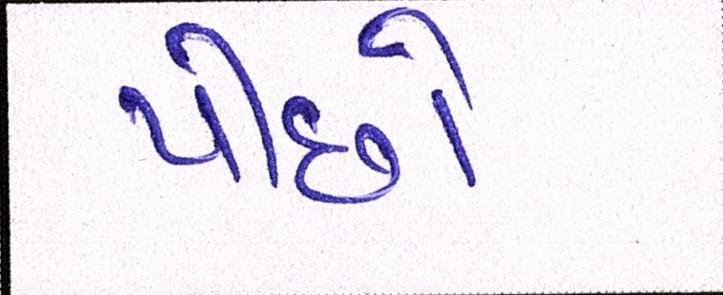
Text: પીછો